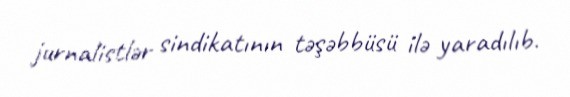
jurnalistlər sindikatının təşəbbüsü ilə yaradılıb.